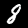
Digit: 8